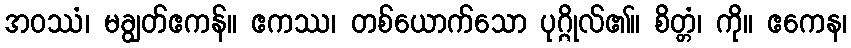
အဝဿံ၊ မချွတ်ဧကန်။ ဧကဿ၊ တစ်ယောက်သော ပုဂ္ဂိုလ်၏။ စိတ္တံ၊ ကို။ ဧကေန၊